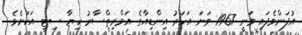
އުފަންވެފައި ވަނީ 1967 ވަނަ އަހަރު އިންޑިއާގެ އަމްރިތްސާރު ކިޔާ ސިޓީ އަކަށެވެ.